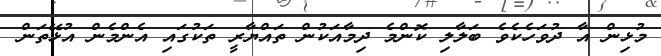
މުޅިން އާ ދުވަހެކެވެ ބަލާލި ކޮންމެ ދިމާއަކުން ތައްޔާރީ ތަކުގައި އެންމެން އުޅޭތަން